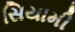
સિયામી